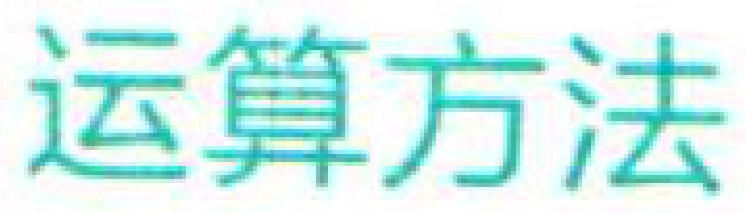
运算方法